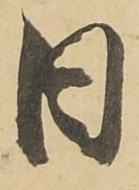
日